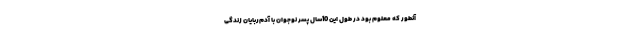
آنطور که معلوم بود در طول این 10سال پسر نوجوان با آدم‌ربایان زندگی